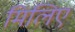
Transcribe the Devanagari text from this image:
मिलिए